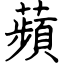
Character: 蘋